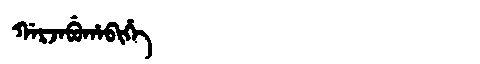
Manchu: ᡤᠠᡵᠵᠠᠪᡠᡥᠠᠪᡳᡥᡝ
Romanization: GARJABUHABIHE